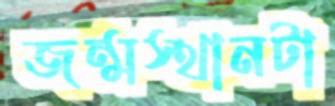
জন্মস্থানটা